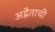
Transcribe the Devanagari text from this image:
अद्वैताची